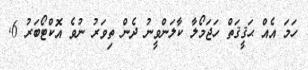
ހަމަ އެއް ޙަޤީޤަތް ހަޖަމޯލާ ކާލަންވީނު ދެން ތިވަރު ނުވެ އޮކްޓޯބަރު 6